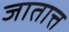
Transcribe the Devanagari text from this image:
जातात्त